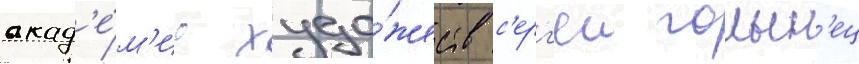
акад'е́м'ии худо́жеств с'ерг'еи голын'ец